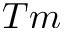
T m